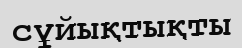
сұйықтықты